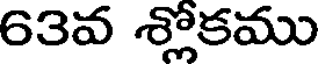
63వ శ్లోకము